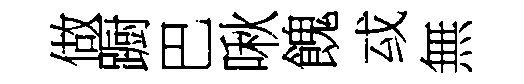
做蹰巴啾餽㦯無